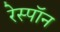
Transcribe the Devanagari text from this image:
रेस्पॉन